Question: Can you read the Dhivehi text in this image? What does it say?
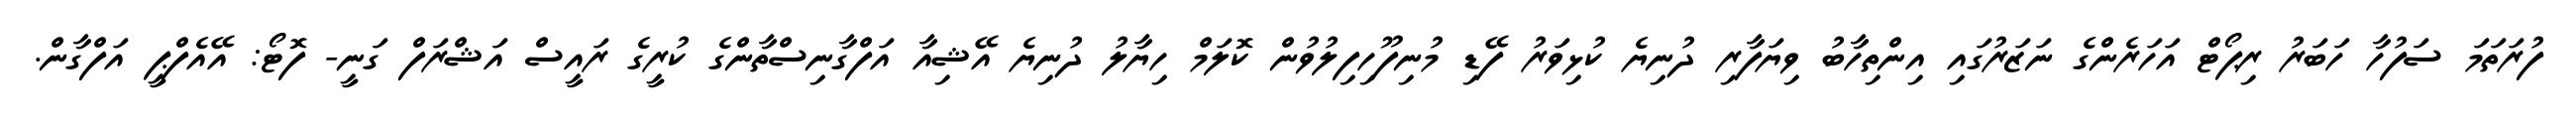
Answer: ފުރަތަމަ ސަފުހާ ހަބަރު ރިޕޯޓް އަހަރެންގެ ނަޒަރުގައި އިންތިހާބު ވިޔަފާރި ދުނިޔެ ކުޅިވަރު ފޭޑި މުނިފޫހިފިލުވުން ކޮލަމް ހިޔާލު ދުނިޔެ އޭޝިއާ އަފްގާނިސްތާންގެ ކުރީގެ ރައީސް އަޝްރަފް ގަނީ- ފޮޓޯ: އޭއެފްޕީ އަފްގާން.